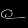
Digit: ၉